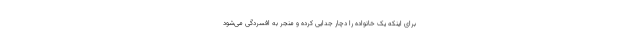
برای اینکه یک خانواده را دچار جدایی کرده و منجر به افسردگی می‌شود